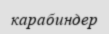
карабиндер